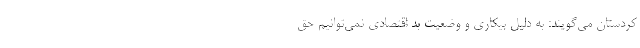
کردستان می‌گویند: به دلیل بیکاری و وضعیت بد اقتصادی نمی‌توانیم حق